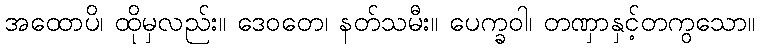
အထောပိ၊ ထိုမှလည်း။ ဒေဝတေ၊ နတ်သမီး။ ပေက္ခဝါ၊ တဏှာနှင့်တကွသော။